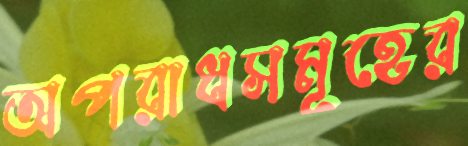
অপরাধসমূহের